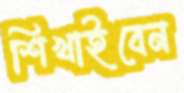
শিখাইবেন